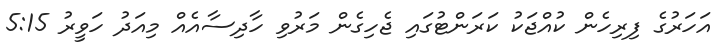
އަހަރުގެ ފިރިހެން ކުއްޖަކު ކަރަންޓުގައި ޖެހިގެން މަރުވި ހާދިސާއެއް މިއަދު ހަވީރު 5:15